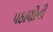
પઠાણોની